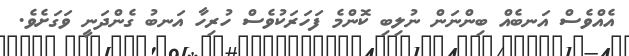
އެއްވެސް އަނބެއް ބިންނަން ނުލިބި ކޮންމެ ފަހަރަކުވެސް ހުރިހާ އަނބު ގެންދަނީ ވަގަށެވެ.